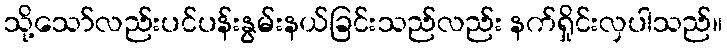
သို့သော်လည်းပင်ပန်းနွမ်းနယ်ခြင်းသည်လည်း နက်ရှိုင်းလှပါသည်။